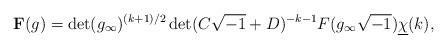
LaTeX: \begin{align*} \mathbf F(g) = \det(g_{\infty})^{(k+1)/2}\det(C\sqrt{-1}+D)^{-k-1}F(g_{\infty}\sqrt{-1}) \underline{\chi}(k),\end{align*}